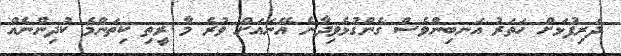
ދަރިފުޅަށް ހަތަރު އަނބިންވެސް ގެންގުޅެވިދާނެ އޭނައަށް ވުރެ މާ ރީތި ކިތަންމެ ކުދިންނެއް